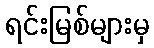
ရင်းမြစ်များမှ